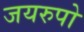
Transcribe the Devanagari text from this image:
जयरुपो